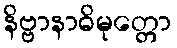
နိဗ္ဗာနာဓိမုတ္တော